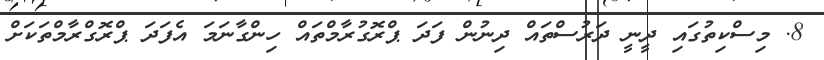
8. މިސްކިތުގައި ދީނީ ދަރުސްތައް ދިނުން ފަދަ ޕްރޮގުރާމްތައް ހިންގާނަމަ އެފަދަ ޕްރޮގްރާމްތަކަށް